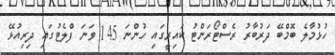
ހުޅުމާލެ ބޮމްބޭ ދަރުބާރު ރެސްޓޯރަންޓު ކައިރީގައި ހުންނަ 145 ވަނަ ފްލެޓުގައި ދިރިއުޅޭ